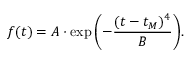
f ( t ) = A \cdot \exp { \left( - \frac { ( t - t _ { M } ) ^ { 4 } } { B } \right) } .